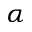
\alpha